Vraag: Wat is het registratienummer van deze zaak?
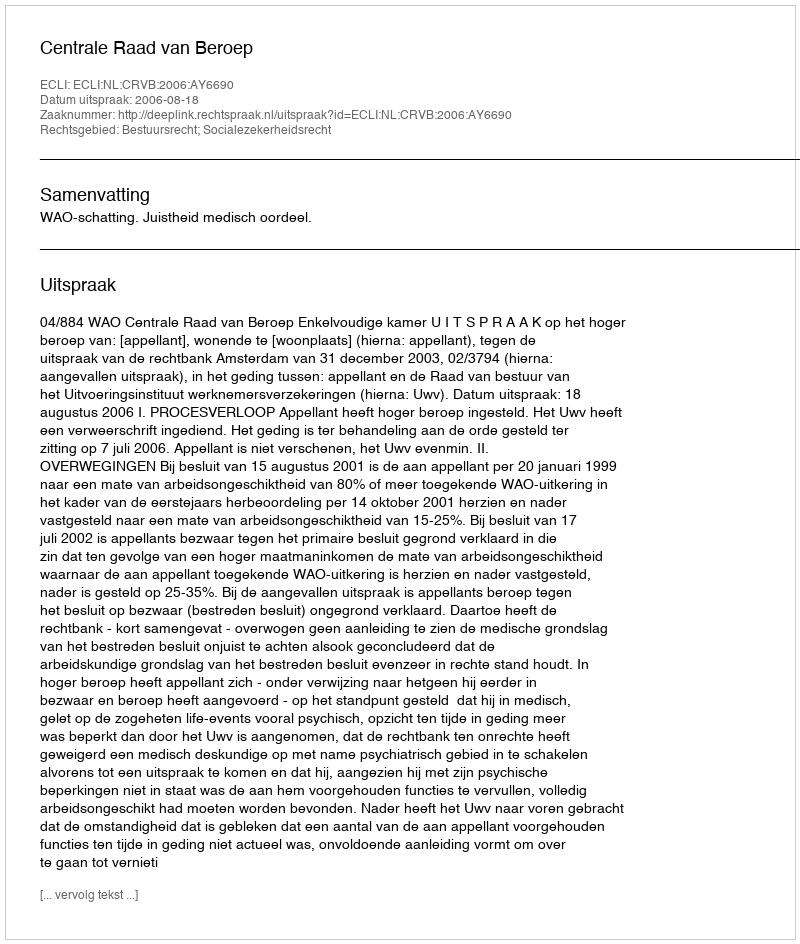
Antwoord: http://deeplink.rechtspraak.nl/uitspraak?id=ECLI:NL:CRVB:2006:AY6690